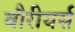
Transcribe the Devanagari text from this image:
वौरीयर्स